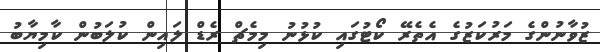
ޒުވާނުންގެ މަރުކަޒުގެ އެތެރޭ ކޯޓުގައި ކުޅުނު މިމެޗް ރެޑް ލައިން ކުލަބުން ކާމިޔާބު